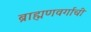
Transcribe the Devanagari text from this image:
ब्राह्मणवर्गाची